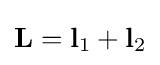
\mathbf {L} =\mathbf {l} _{1}+\mathbf {l} _{2}